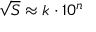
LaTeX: { \sqrt { S } } \approx k \cdot 1 0 ^ { n }